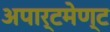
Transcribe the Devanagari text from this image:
अपार्टमेण्ट